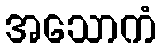
အသောကံ